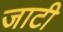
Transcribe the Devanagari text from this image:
जाटी